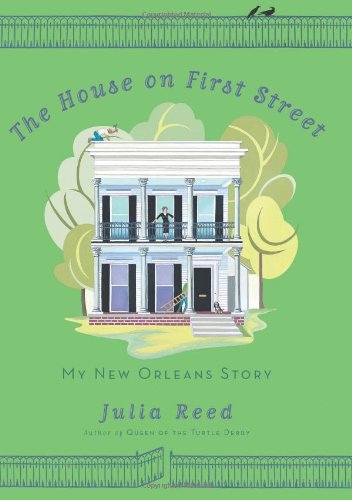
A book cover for The House on First Street: My New Orleans Story; Julia Reed; Travel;